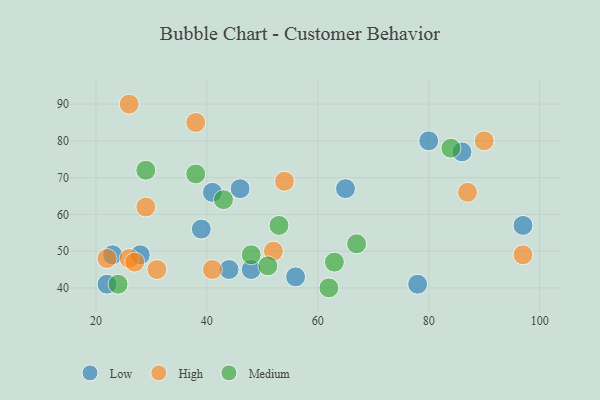
{"axis": {"x": "GDP", "y": "Life Expectancy"}, "legend": ["High", "Low", "Medium"], "data": [{"x": "44", "y": 45, "type": "Low"}, {"x": "23", "y": 49, "type": "Low"}, {"x": "22", "y": 41, "type": "Low"}, {"x": "80", "y": 80, "type": "Low"}, {"x": "41", "y": 66, "type": "Low"}, {"x": "39", "y": 56, "type": "Low"}, {"x": "78", "y": 41, "type": "Low"}, {"x": "97", "y": 57, "type": "Low"}, {"x": "46", "y": 67, "type": "Low"}, {"x": "48", "y": 45, "type": "Low"}, {"x": "65", "y": 67, "type": "Low"}, {"x": "86", "y": 77, "type": "Low"}, {"x": "56", "y": 43, "type": "Low"}, {"x": "28", "y": 49, "type": "Low"}, {"x": "54", "y": 69, "type": "High"}, {"x": "41", "y": 45, "type": "High"}, {"x": "87", "y": 66, "type": "High"}, {"x": "52", "y": 50, "type": "High"}, {"x": "29", "y": 62, "type": "High"}, {"x": "97", "y": 49, "type": "High"}, {"x": "26", "y": 90, "type": "High"}, {"x": "90", "y": 80, "type": "High"}, {"x": "26", "y": 48, "type": "High"}, {"x": "38", "y": 85, "type": "High"}, {"x": "27", "y": 47, "type": "High"}, {"x": "22", "y": 48, "type": "High"}, {"x": "31", "y": 45, "type": "High"}, {"x": "43", "y": 64, "type": "Medium"}, {"x": "53", "y": 57, "type": "Medium"}, {"x": "84", "y": 78, "type": "Medium"}, {"x": "38", "y": 71, "type": "Medium"}, {"x": "67", "y": 52, "type": "Medium"}, {"x": "63", "y": 47, "type": "Medium"}, {"x": "48", "y": 49, "type": "Medium"}, {"x": "24", "y": 41, "type": "Medium"}, {"x": "62", "y": 40, "type": "Medium"}, {"x": "51", "y": 46, "type": "Medium"}, {"x": "29", "y": 72, "type": "Medium"}]}